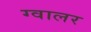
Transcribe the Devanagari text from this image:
ग्वालर